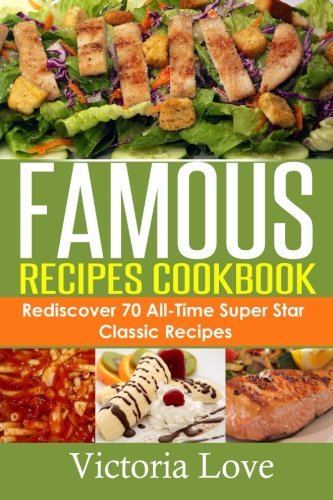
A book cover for Famous Recipes Cookbook: 70 All-Time Favorite Classic Cooking Recipes! The Most Healthy, Delicious, Amazing Recipes Cookbook You'll Ever Find and Eat! (Cookbooks Best Sellers 2014) (Volume 2); Victoria Love; Cookbooks, Food & Wine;